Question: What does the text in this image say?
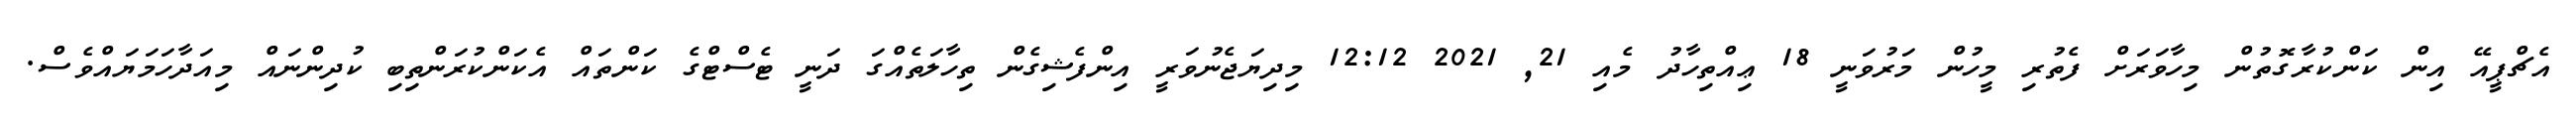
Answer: އެޗްޕީއޭ އިން ކަންކުރާގޮތުން މިހާވަރަށް ފެތުރި މީހުން މަރުވަނީ 18 ޢިއްތިހާދު މެއި 21, 2021 12:12 މިދިޔަޖެނުވަރީ އިންފެޝިގެން ތިހާލަތެއްގަ ދަނީ ޓެސްޓްގެ ކަންތައް އެކަންކުރަންތިބި ކުދިންނައް މިއަދާހަމަޔައްވެސް.